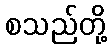
စသည်တို့